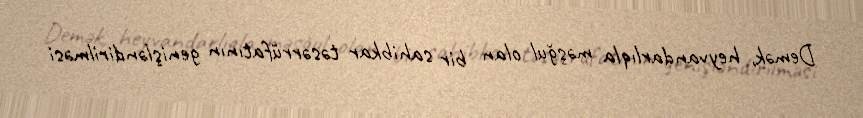
Demək, heyvandarlıqla məşğul olan bir sahibkar təsərrüfatının genişləndirilməsi